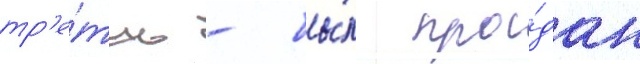
тр'е́ть - бы́л про́дан